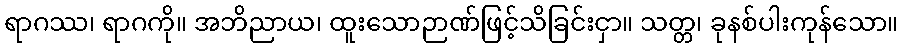
ရာဂဿ၊ ရာဂကို။ အဘိညာယ၊ ထူးသောဉာဏ်ဖြင့်သိခြင်းငှာ။ သတ္တ၊ ခုနစ်ပါးကုန်သော။